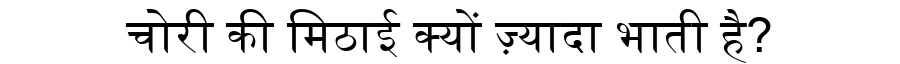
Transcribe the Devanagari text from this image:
चोरी की मिठाई क्यों ज़्यादा भाती है?